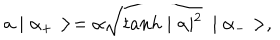
a \mid \alpha _ { + } > = \alpha \sqrt { t a n h \mid \alpha \mid ^ { 2 } } ~ \mid \alpha _ { - } > ,